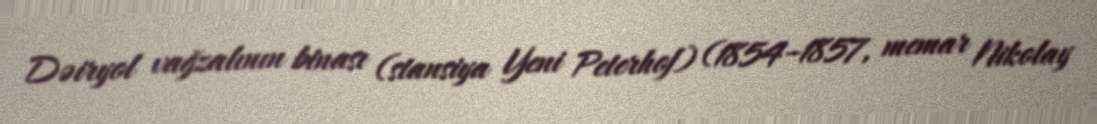
Dəiryol vağzalının binası (stansiya Yeni Peterhof) (1854–1857, memar Nikolay